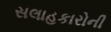
સલાહકારોની